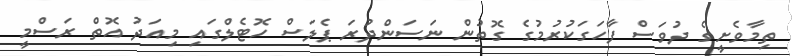
ތިމާވެށީގެ ދުވަސް ފާހަގަކުރުމުގެ ގޮތުން ނަސަންދުރަ ޕެލަސް ހޮޓެލްގައި މިއަދު އޮތް ރަސްމީ